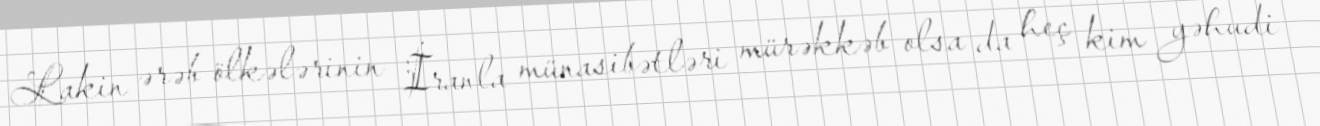
Lakin ərəb ölkələrinin İranla münasibətləri mürəkkəb olsa da heç kim yəhudi